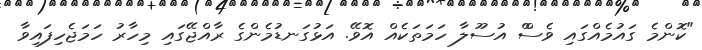
"ކޮންމެ ގައުމެއްގައި ވެސްް އުސޫލާ ހަމަތަކެއް އޮވޭ. އަޅުގަނޑުމެންގެ ރާއްޖޭގައި މިހާރު ހަމަޖެހިފައިވާ